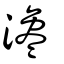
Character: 瀺